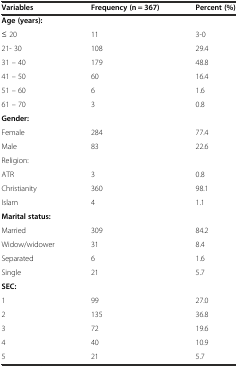
<table><thead><tr><td><b>Variables</b></td><td><b>Frequency (n = 367)</b></td><td><b>Percent (%)</b></td></tr></thead><tbody><tr><td><b>Age (years):</b></td><td></td><td></td></tr><tr><td>≤ 20</td><td>11</td><td>3-0</td></tr><tr><td>21- 30</td><td>108</td><td>29.4</td></tr><tr><td>31 – 40</td><td>179</td><td>48.8</td></tr><tr><td>41 – 50</td><td>60</td><td>16.4</td></tr><tr><td>51 – 60</td><td>6</td><td>1.6</td></tr><tr><td>61 – 70</td><td>3</td><td>0.8</td></tr><tr><td><b>Gender:</b></td><td></td><td></td></tr><tr><td>Female</td><td>284</td><td>77.4</td></tr><tr><td>Male</td><td>83</td><td>22.6</td></tr><tr><td>Religion:</td><td></td><td></td></tr><tr><td>ATR</td><td>3</td><td>0.8</td></tr><tr><td>Christianity</td><td>360</td><td>98.1</td></tr><tr><td>Islam</td><td>4</td><td>1.1</td></tr><tr><td><b>Marital status:</b></td><td></td><td></td></tr><tr><td>Married</td><td>309</td><td>84.2</td></tr><tr><td>Widow/widower</td><td>31</td><td>8.4</td></tr><tr><td>Separated</td><td>6</td><td>1.6</td></tr><tr><td>Single</td><td>21</td><td>5.7</td></tr><tr><td><b>SEC:</b></td><td></td><td></td></tr><tr><td>1</td><td>99</td><td>27.0</td></tr><tr><td>2</td><td>135</td><td>36.8</td></tr><tr><td>3</td><td>72</td><td>19.6</td></tr><tr><td>4</td><td>40</td><td>10.9</td></tr><tr><td>5</td><td>21</td><td>5.7</td></tr></tbody></table>